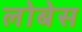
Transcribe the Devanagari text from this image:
लोबेस